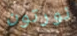
نورتون